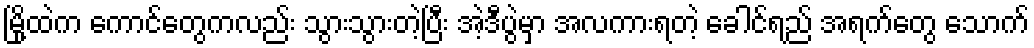
မြို့ထဲက ကောင်တွေကလည်း သွားသွားတဲ့ပြီး အဲ့ဒီပွဲမှာ အလကားရတဲ့ ခေါင်ရည် အရက်တွေ သောက်